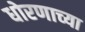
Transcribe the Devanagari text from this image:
धोरणाच्‍या